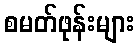
စမတ်ဖုန်းများ